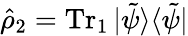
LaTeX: \hat{\rho}_{2}=\operatorname{Tr}_{1}|\tilde{\psi}\rangle\langle\tilde{\psi}|